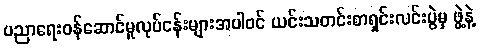
ပညာရေးဝန်ဆောင်မှုလုပ်ငန်းများအပါဝင် ယင်းသတင်းစာရှင်းလင်းပွဲမှ ဖွဲ့နဲ့